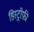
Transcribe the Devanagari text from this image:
डिस्ट्रॉफ़ी